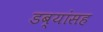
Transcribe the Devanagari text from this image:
डब्यांसह